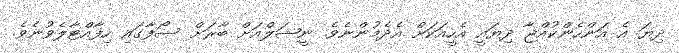
ދިޔަ އެ އަންހެންކުއްޖާ ދިޔައީ އެހީއަކަށް އެދެމުންނެވެ. ނީޝަލްއަށް ބާރަށް ސޯފާގައި ހިފާއްޓާލެވުނެވެ.